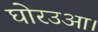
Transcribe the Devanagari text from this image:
घोरउआ।